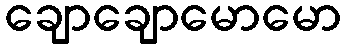
ချောချောမောမော